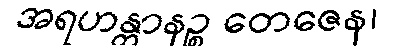
အရဟန္တာနဉ္စ တေဇေန၊